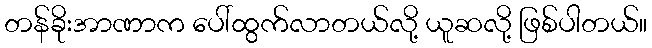
တန်ခိုးအာဏာက ပေါ်ထွက်လာတယ်လို့ ယူဆလို့ ဖြစ်ပါတယ်။